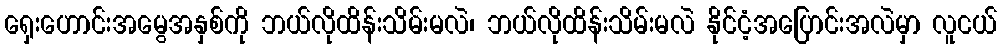
ရှေးဟောင်းအမွေအနှစ်ကို ဘယ်လိုထိန်းသိမ်းမလဲ၊ ဘယ်လိုထိန်းသိမ်းမလဲ နိုင်ငံ့အပြောင်းအလဲမှာ လူငယ်